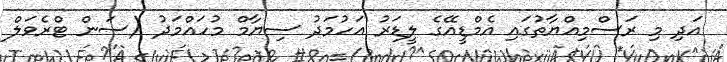
އަދި މި ރަސްމިއްޔާތުގައި އެމްޑީއޭގެ ލީޑަރު އަހުމަދު ސިޔާމް މުހައްމަދު (ސަން ޓްރެވަލް